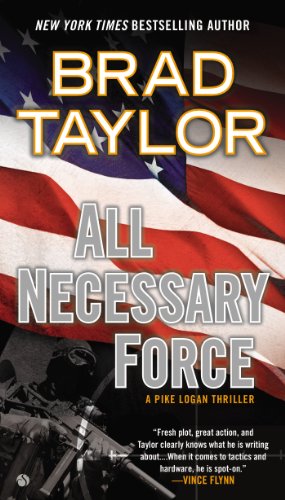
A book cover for All Necessary Force: A Pike Logan Thriller; Brad Taylor; Mystery, Thriller & Suspense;